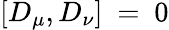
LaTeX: [D_{\mu},D_{\nu}]~=~0